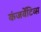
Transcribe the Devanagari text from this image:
कंजर्वेटिव्स